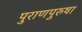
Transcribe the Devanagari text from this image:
पुराणपुरुषा